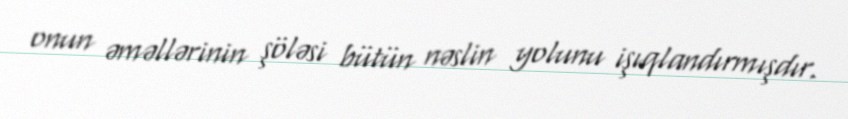
onun əməllərinin şöləsi bütün nəslin yolunu işıqlandırmışdır.